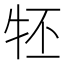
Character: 𤘹